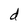
Character: d